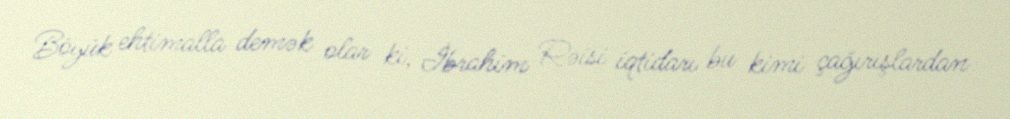
Böyük ehtimalla demək olar ki, İbrahim Rəisi iqtidarı bu kimi çağırışlardan